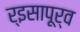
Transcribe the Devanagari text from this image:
र्इसापूर्व